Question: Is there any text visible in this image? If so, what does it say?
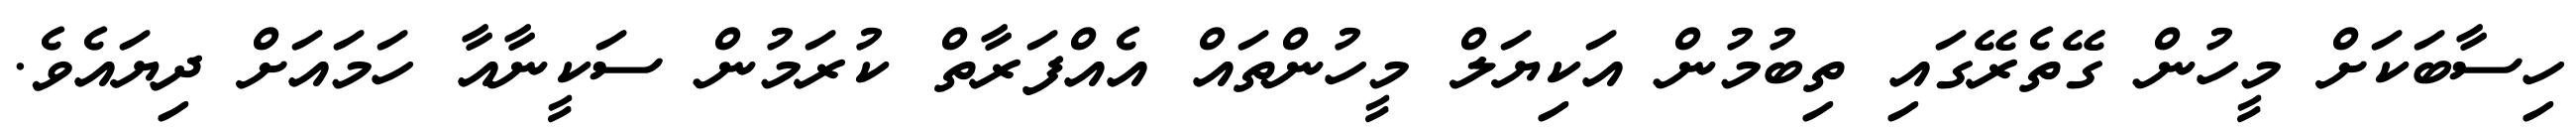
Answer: ހިސާބަކަށް މީހުން ގޭތެރޭގައި ތިބުމުން އަކިޔަލް މީހުންތައް އެއްފަރާތް ކުރަމުން ސަކީނާއާ ހަމައަށް ދިޔައެވެ.